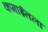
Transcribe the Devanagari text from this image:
कमाईतला